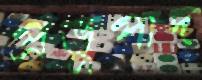
প্রভুপাদ